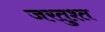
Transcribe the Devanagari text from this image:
जरतुश्त